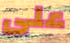
على